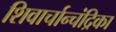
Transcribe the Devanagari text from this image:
शिवार्चान्चंद्रिका